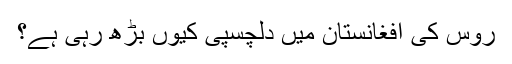
روس کی افغانستان میں دلچسپی کیوں بڑھ رہی ہے؟